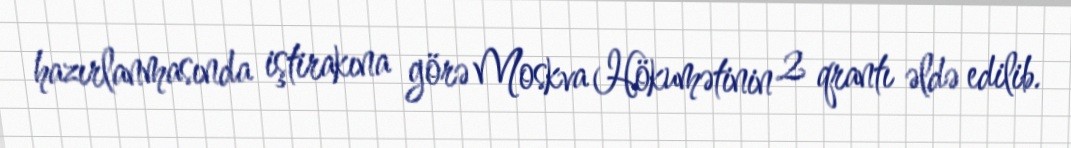
hazırlanmasında iştirakına görə Moskva Hökumətinin 2 qrantı əldə edilib.